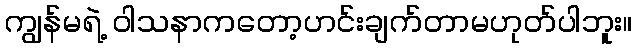
ကျွန်မရဲ့ ဝါသနာကတော့ဟင်းချက်တာမဟုတ်ပါဘူး။